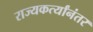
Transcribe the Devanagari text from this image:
राज्यकर्त्यांनंतर